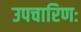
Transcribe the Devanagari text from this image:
उपचारिणः